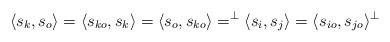
LaTeX: \begin{align*} \langle s_k,s_o \rangle = \langle s_{ko},s_k \rangle = \langle s_{o},s_{ko} \rangle = ^{\perp}\langle s_i,s_j \rangle = \langle s_{io},s_{jo} \rangle^{\perp} \end{align*}